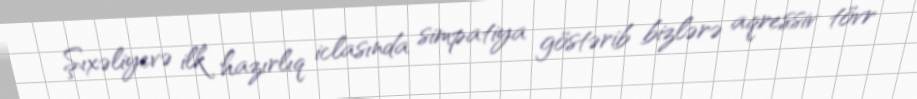
Şıxəliyevə ilk hazırlıq iclasında simpatiya göstərib bizlərə aqressiv tövr